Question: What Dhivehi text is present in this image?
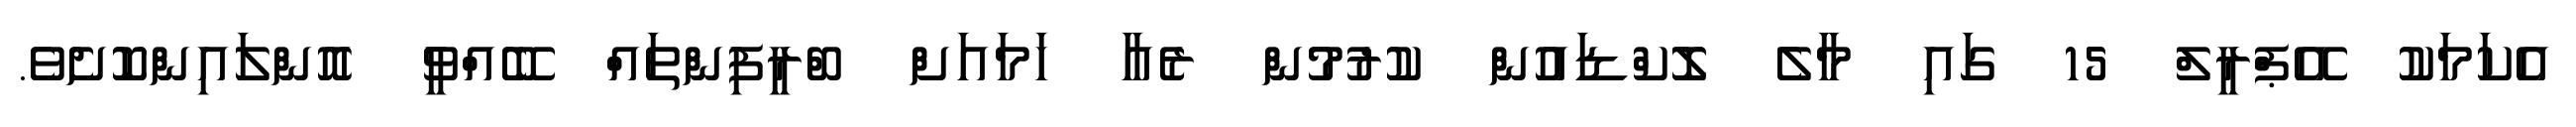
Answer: އެކަމަކު އޭޕްރީލް 15 ގައި މާލެ ލޮކްޑައުން ކުރުމުން ރެއާ ހަމައަށް ބްރީފިންތައް ބޭއްވީ އޮންލައިންކޮށެވެ.